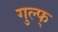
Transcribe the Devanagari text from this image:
गुल्फ्